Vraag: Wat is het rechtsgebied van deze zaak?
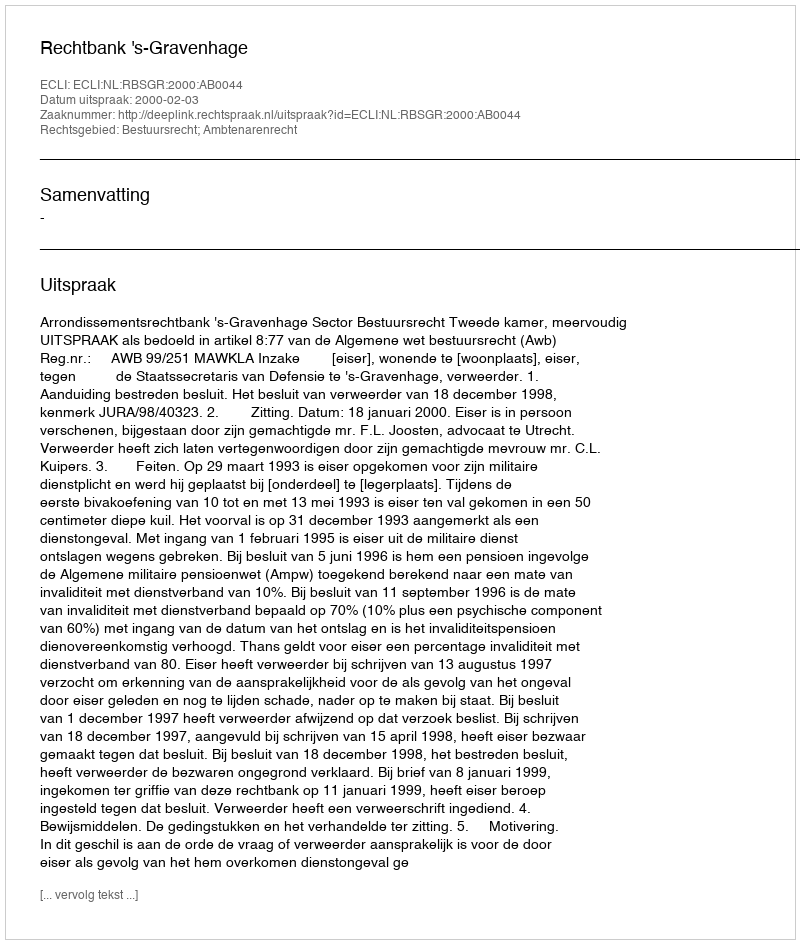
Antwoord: Bestuursrecht; Ambtenarenrecht